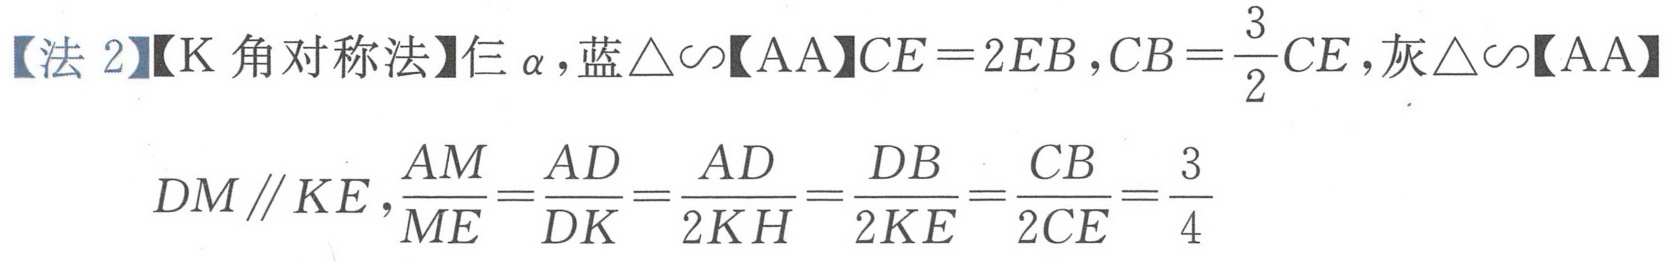
【法 2】【K 角对称法】仨$\alpha$，蓝$\triangle\sim$【AA】$CE = 2EB，CB=\dfrac{3}{2}CE$，灰$\triangle\sim$【AA】
$DM\parallel KE，\dfrac{AM}{ME}=\dfrac{AD}{DK}=\dfrac{AD}{2KH}=\dfrac{DB}{2KE}=\dfrac{CB}{2CE}=\dfrac{3}{4}$